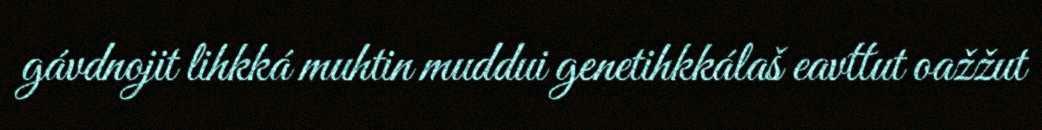
gávdnojit lihkká muhtin muddui genetihkkálaš eavttut oažžut